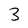
Character: 3